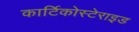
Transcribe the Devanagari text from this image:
कार्टिकोस्टेराइड